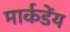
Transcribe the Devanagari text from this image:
मार्कडेंय